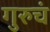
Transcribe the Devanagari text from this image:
गुरुचं